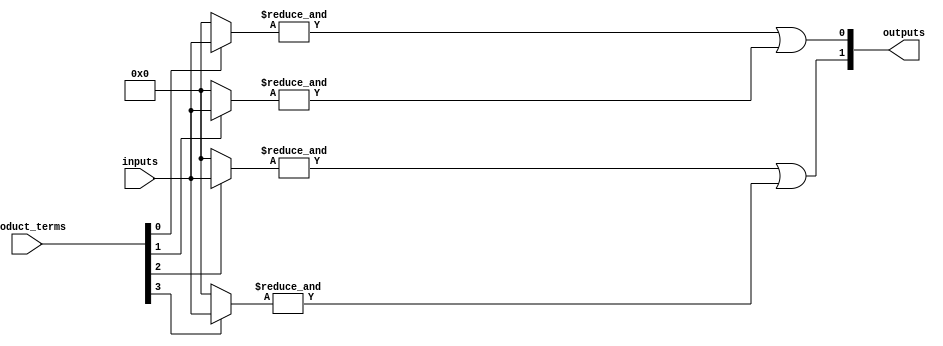
module hs_pal (
    input wire [N-1:0] inputs,        // N input pins
    input wire [M-1:0] product_terms,  // M product terms for AND array configuration
    output wire [P-1:0] outputs        // P output pins
);

// Parameters
parameter N = 8;  // Number of input signals
parameter M = 4;  // Number of product terms
parameter P = 2;  // Number of output signals

// Internal signals
wire [M-1:0] and_outputs;  // Outputs from the programmable AND array

// Programmable AND array
genvar i, j;
generate
    for (i = 0; i < M; i = i + 1) begin : and_array
        wire [N-1:0] and_inputs;
        
        // Configure inputs for each product term based on product_terms signal
        assign and_inputs = (product_terms[i]) ? inputs : {N{1'b0}};
        
        // Generate the AND output for this product term
        assign and_outputs[i] = &and_inputs;  // AND operation
    end
endgenerate

// Fixed OR array
assign outputs[0] = and_outputs[0] | and_outputs[1];  // Example OR logic
assign outputs[1] = and_outputs[2] | and_outputs[3];  // Example OR logic

endmodule